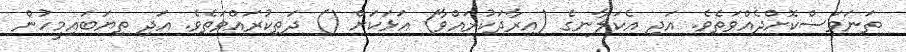
ތަނަވަސްކޮށްދެއްވަތެވެ. އަދި އެކަލާނގެ (އިރާދަކުރައްވާ) އަޅަކަށް () ދަތިކުރައްވަތެވެ. އަދި ތިޔަބައިމީހުން